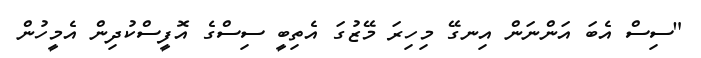
"ސިސް އެބަ އަންނަން އިނގޭ މިހިރަ މޭޒުގަ އެތިބީ ސިސްގެ އޮފީސްކުދިން އެމީހުން